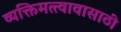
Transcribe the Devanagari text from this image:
व्यक्तिमत्त्वावासाठी